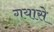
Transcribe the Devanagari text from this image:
गयासे